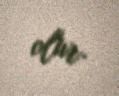
olur.